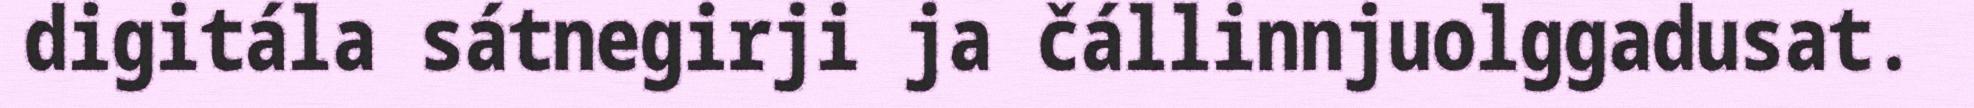
digitála sátnegirji ja čállinnjuolggadusat.